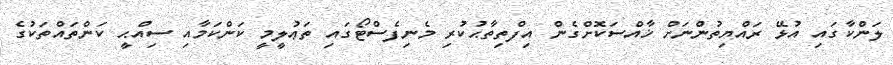
ލަންކާގައި އުޅޭ ރައްޔިތުންނަށް ޚާއްސަކޮށްގެން އިފްތިތާޙުކުރި މެނިފެސްޓޯގައި ތަޢުލީމީ ކަންކަމާއި ސިއްޙީ ކަންތައްތަކުގެ